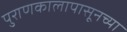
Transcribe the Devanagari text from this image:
पुराणकालापासूनच्या